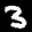
Label: 3